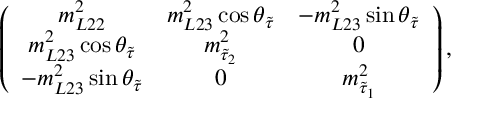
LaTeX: \left( \begin{array} { c c c } { { m _ { L 2 2 } ^ { 2 } } } & { { m _ { L 2 3 } ^ { 2 } \cos \theta _ { \tilde { \tau } } } } & { { - m _ { L 2 3 } ^ { 2 } \sin \theta _ { \tilde { \tau } } } } \\ { { m _ { L 2 3 } ^ { 2 } \cos \theta _ { \tilde { \tau } } } } & { { m _ { \tilde { \tau } _ { 2 } } ^ { 2 } } } & { { 0 } } \\ { { - m _ { L 2 3 } ^ { 2 } \sin \theta _ { \tilde { \tau } } } } & { { 0 } } & { { m _ { \tilde { \tau } _ { 1 } } ^ { 2 } } } \end{array} \right) ,